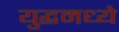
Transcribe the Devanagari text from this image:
युद्धमध्ये